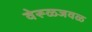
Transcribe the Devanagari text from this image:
वेरूळजवळ